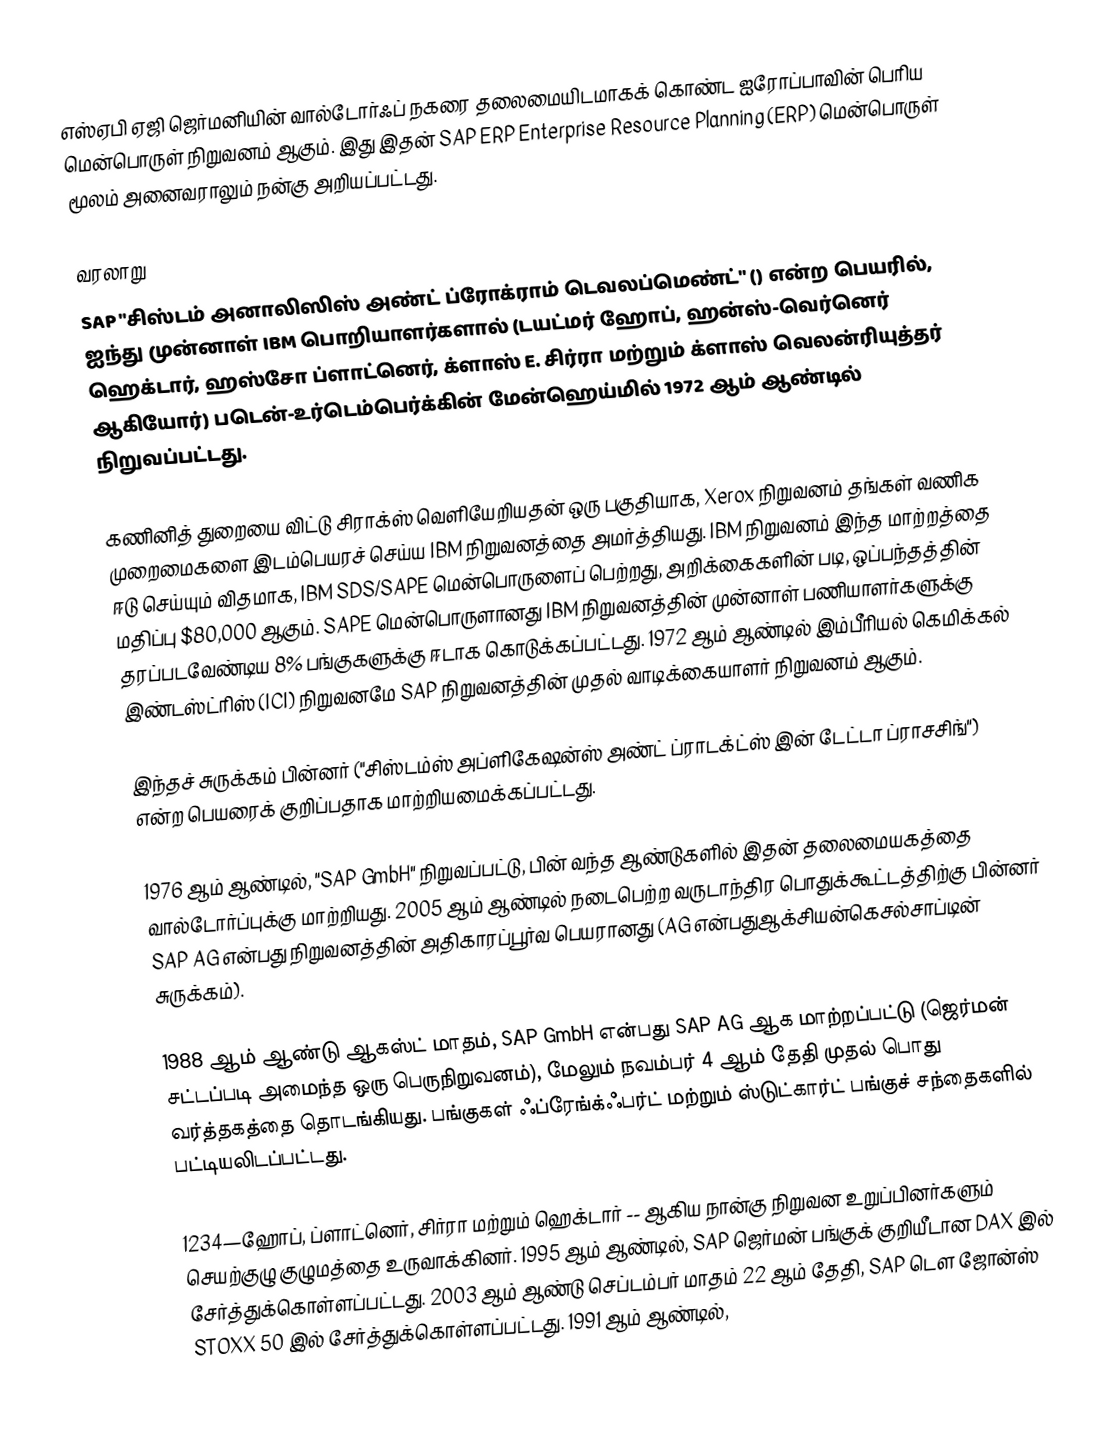
எஸ்ஏபி ஏஜி ஜெர்மனியின் வால்டோர்ஃப் நகரை தலைமையிடமாகக் கொண்ட ஐரோப்பாவின் பெரிய மென்பொருள் நிறுவனம் ஆகும். இது இதன் SAP ERP Enterprise Resource Planning (ERP) மென்பொருள் மூலம் அனைவராலும் நன்கு அறியப்பட்டது.

வரலாறு
SAP "சிஸ்டம் அனாலிஸிஸ் அண்ட் ப்ரோக்ராம் டெவலப்மெண்ட்" ()  என்ற பெயரில், ஐந்து முன்னாள் IBM பொறியாளர்களால் (டயட்மர் ஹோப், ஹன்ஸ்-வெர்னெர் ஹெக்டார், ஹஸ்சோ ப்ளாட்னெர், க்ளாஸ் E. சிர்ரா மற்றும் க்ளாஸ் வெலன்ரியுத்தர் ஆகியோர்) படென்-உர்டெம்பெர்க்கின் மேன்ஹெய்மில் 1972 ஆம் ஆண்டில் நிறுவப்பட்டது.

கணினித் துறையை விட்டு சிராக்ஸ் வெளியேறியதன் ஒரு பகுதியாக, Xerox நிறுவனம் தங்கள் வணிக முறைமைகளை இடம்பெயரச் செய்ய IBM நிறுவனத்தை அமர்த்தியது. IBM நிறுவனம் இந்த மாற்றத்தை ஈடு செய்யும் விதமாக, IBM SDS/SAPE மென்பொருளைப் பெற்றது, அறிக்கைகளின் படி, ஒப்பந்தத்தின் மதிப்பு $80,000 ஆகும். SAPE மென்பொருளானது IBM நிறுவனத்தின் முன்னாள் பணியாளர்களுக்கு தரப்படவேண்டிய 8% பங்குகளுக்கு ஈடாக கொடுக்கப்பட்டது. 1972 ஆம் ஆண்டில் இம்பீரியல் கெமிக்கல் இண்டஸ்ட்ரிஸ் (ICI) நிறுவனமே SAP நிறுவனத்தின் முதல் வாடிக்கையாளர் நிறுவனம் ஆகும்.

இந்தச் சுருக்கம் பின்னர்  ("சிஸ்டம்ஸ் அப்ளிகேஷன்ஸ் அண்ட் ப்ராடக்ட்ஸ் இன் டேட்டா ப்ராசசிங்") என்ற பெயரைக் குறிப்பதாக மாற்றியமைக்கப்பட்டது.

1976 ஆம் ஆண்டில், "SAP GmbH" நிறுவப்பட்டு, பின் வந்த ஆண்டுகளில் இதன் தலைமையகத்தை வால்டோர்ப்புக்கு மாற்றியது. 2005 ஆம் ஆண்டில் நடைபெற்ற வருடாந்திர பொதுக்கூட்டத்திற்கு பின்னர் SAP AG என்பது நிறுவனத்தின் அதிகாரப்பூர்வ பெயரானது (AG என்பதுஆக்சியன்கெசல்சாப்டின் சுருக்கம்).

1988 ஆம் ஆண்டு ஆகஸ்ட் மாதம், SAP GmbH என்பது SAP AG ஆக மாற்றப்பட்டு (ஜெர்மன் சட்டப்படி அமைந்த ஒரு பெருநிறுவனம்), மேலும் நவம்பர் 4 ஆம் தேதி முதல் பொது வர்த்தகத்தை தொடங்கியது. பங்குகள் ஃப்ரேங்க்ஃபர்ட் மற்றும் ஸ்டுட்கார்ட் பங்குச் சந்தைகளில் பட்டியலிடப்பட்டது.

1234—ஹோப், ப்ளாட்னெர், சிர்ரா மற்றும் ஹெக்டார் -- ஆகிய நான்கு நிறுவன உறுப்பினர்களும் செயற்குழு குழுமத்தை உருவாக்கினர். 1995 ஆம் ஆண்டில், SAP ஜெர்மன் பங்குக் குறியீடான DAX இல் சேர்த்துக்கொள்ளப்பட்டது. 2003 ஆம் ஆண்டு செப்டம்பர் மாதம் 22 ஆம் தேதி, SAP டெள ஜோன்ஸ் STOXX 50 இல் சேர்த்துக்கொள்ளப்பட்டது. 1991 ஆம் ஆண்டில்,